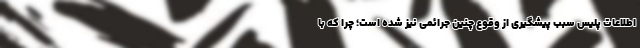
اطلاعات پلیس سبب پیشگیری از وقوع چنین جرائمی نیز شده است؛ چرا که با